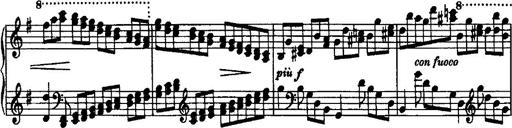
Title: Rondo di bravura
Composer: Franz Liszt